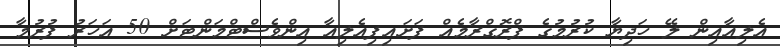
އެލިއާއިން ލޭ ހަދިޔާ ކުރުމުގެ ޕްރޮގްރާމެއް ފަށައިފިއެލިއާ އިންވެސްޓްމަންޓަށް 50 އަހަރު ފުރުމާ